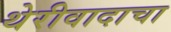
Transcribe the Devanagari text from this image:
थेरीवादाचा